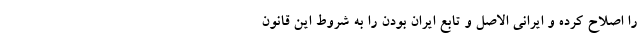
را اصلاح کرده و ایرانی الاصل و تابع ایران بودن را به شروط این قانون